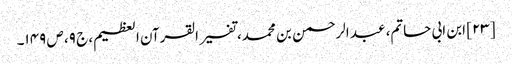
[۲۳] ابن ابی حاتم، عبد الرحمن بن محمد، تفسیر القرآن العظیم، ج ۹، ص ۱۴۹۔